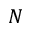
N